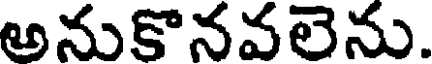
అనుకొనవలెను.